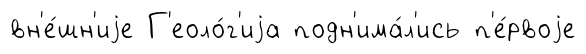
вн'е́шн'иjе Г'еоло́г'иjа подн'има́л'ись п'е́рвоjе